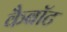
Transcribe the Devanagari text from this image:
कैबॉट